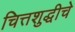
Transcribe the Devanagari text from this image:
चित्तशुद्धीचे